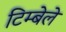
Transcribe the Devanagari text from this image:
टिम्बेले